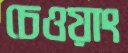
চেওয়াং